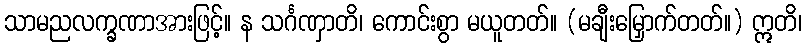
သာမညလက္ခဏာအားဖြင့်။ န သင်္ဂဏှာတိ၊ ကောင်းစွာ မယူတတ်။ (မချီးမြှောက်တတ်။) ဣတိ၊